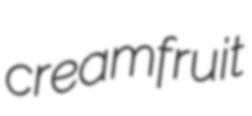
creamfruit